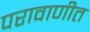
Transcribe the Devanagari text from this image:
परावाणीत